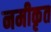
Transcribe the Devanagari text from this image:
नमीकृत